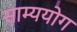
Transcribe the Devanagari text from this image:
साम्ययोग